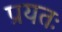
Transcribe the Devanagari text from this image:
प्रयतः